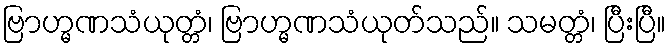
ဗြာဟ္မဏသံယုတ္တံ၊ ဗြာဟ္မဏသံယုတ်သည်။ သမတ္တံ၊ ပြီးပြီ။